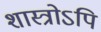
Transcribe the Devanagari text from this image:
शास्त्रोऽपि